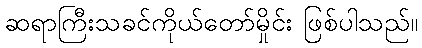
ဆရာကြီးသခင်ကိုယ်တော်မှိုင်း ဖြစ်ပါသည်။